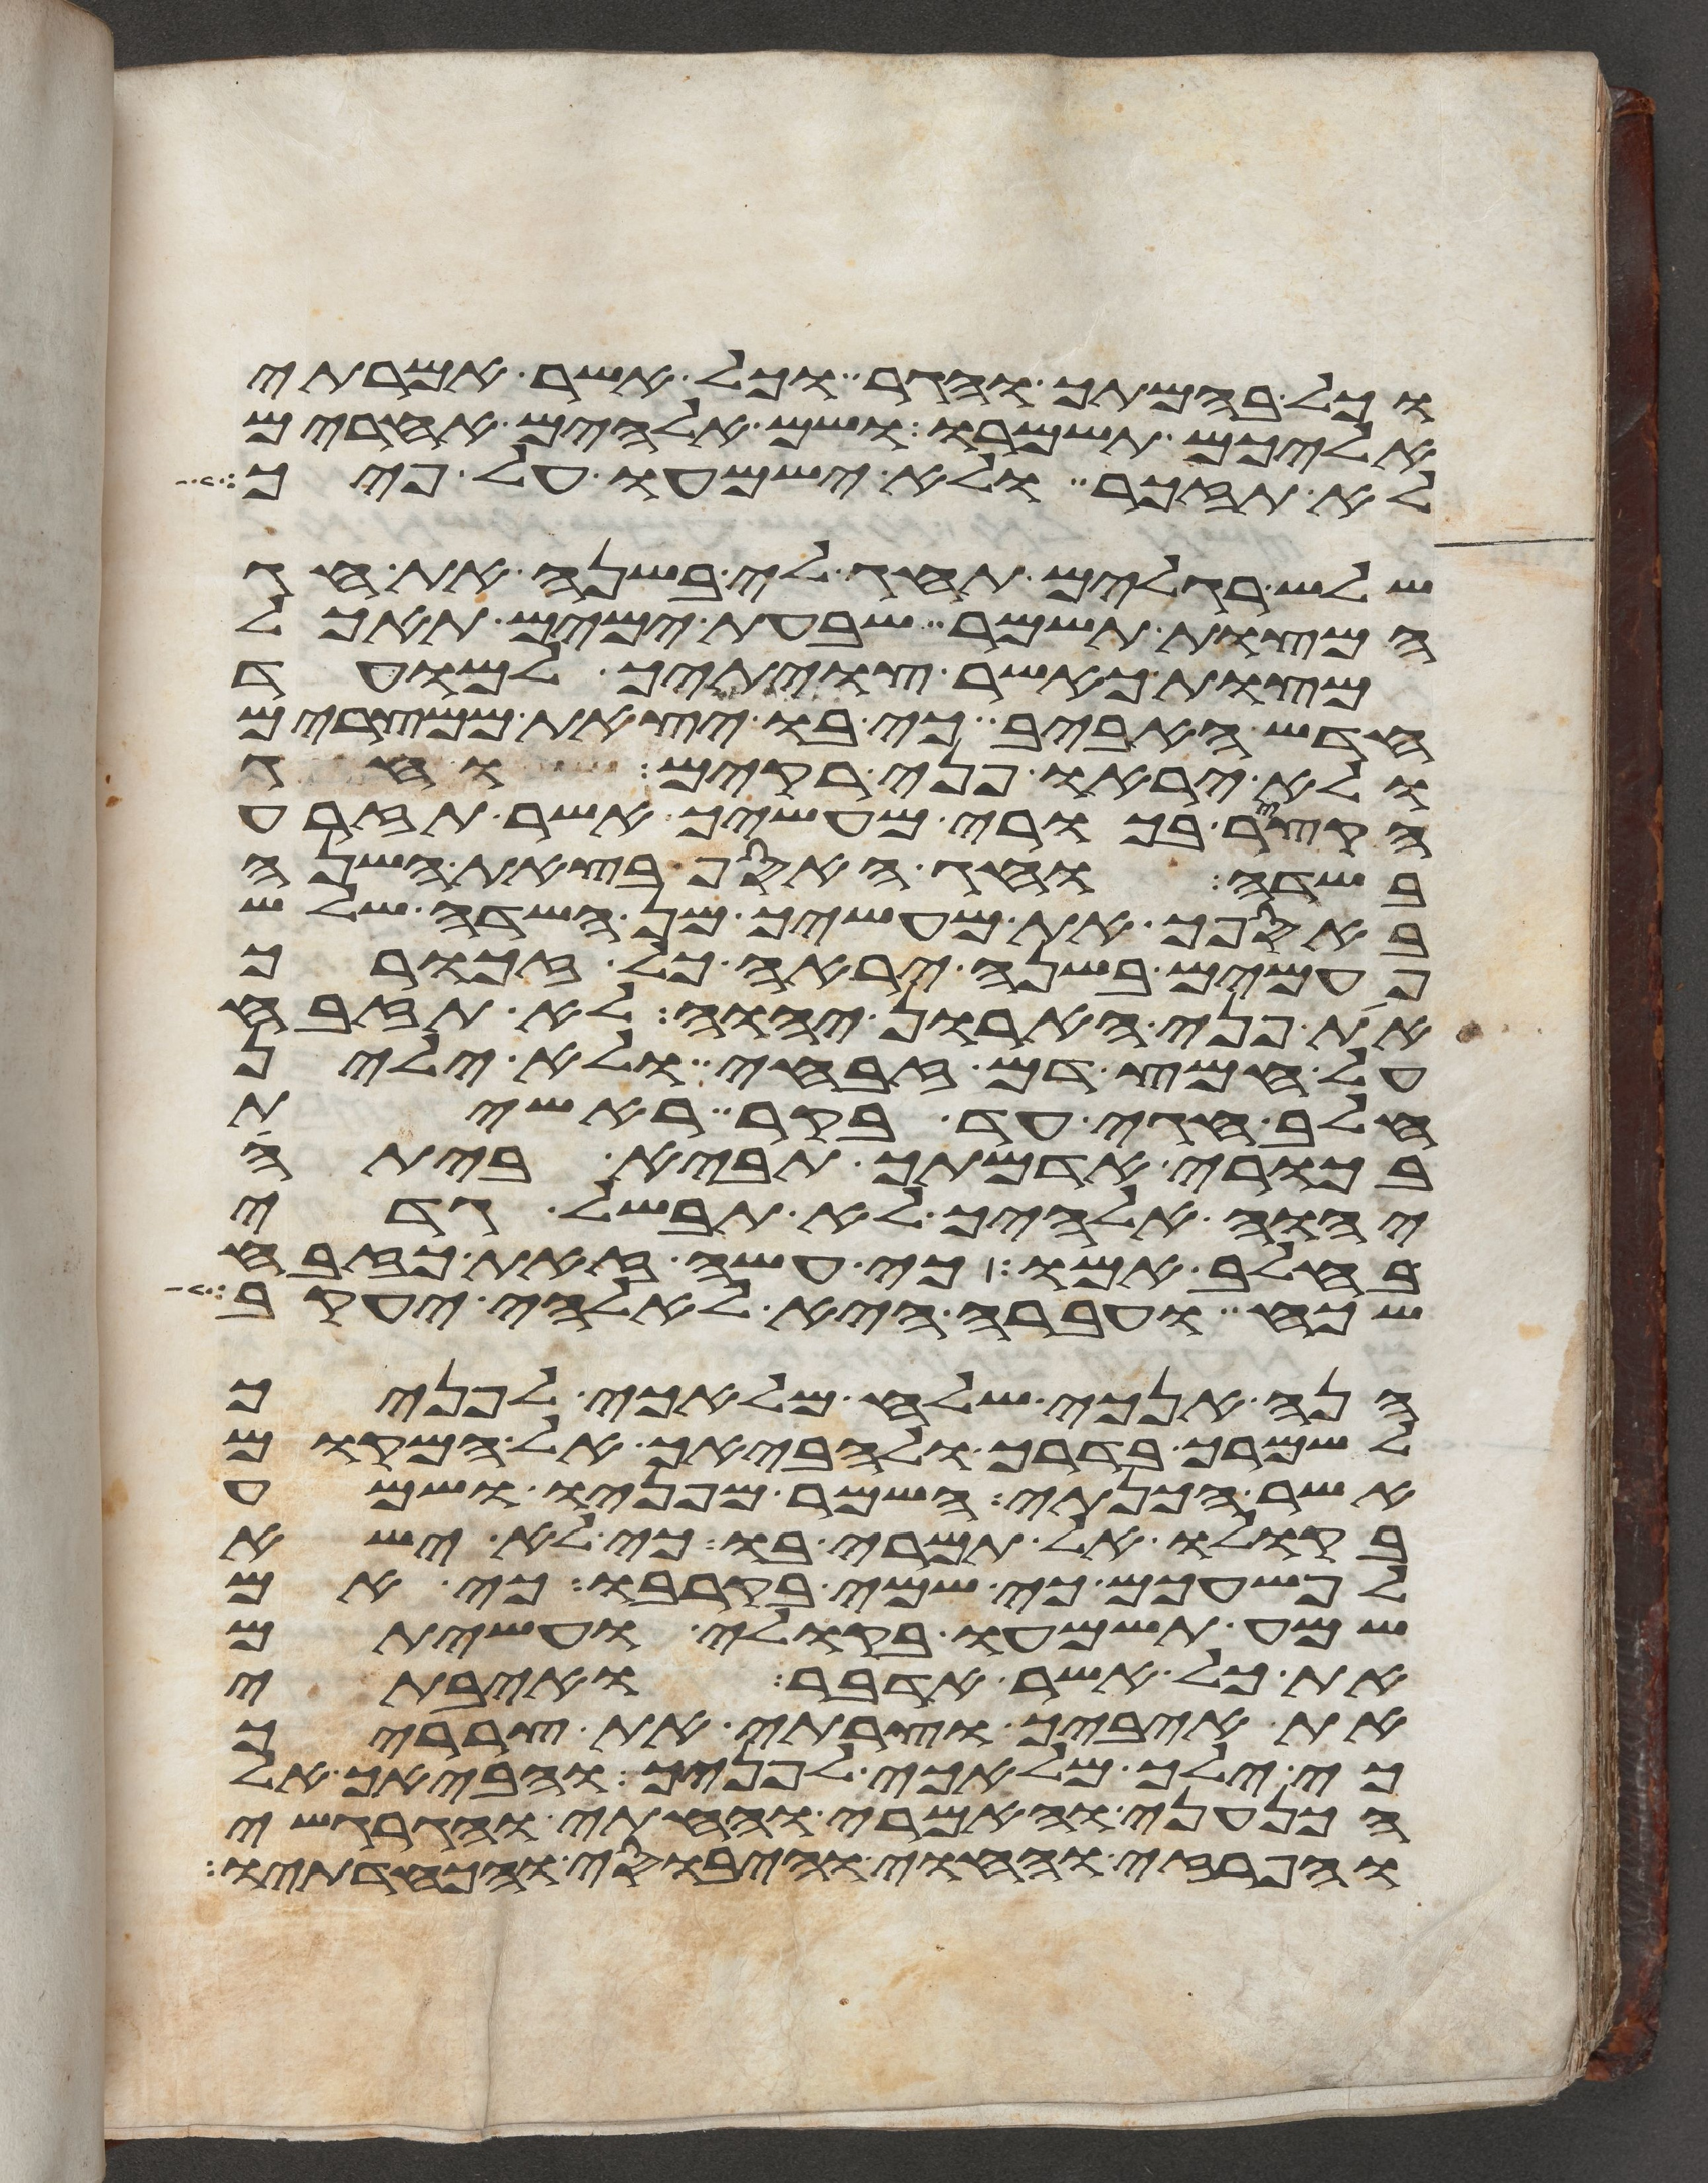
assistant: וכל בהמתך והגר וכל אשר אמרתי
אליכם תשמרו ושם אלהים אחרים
לא תזכר ולא ישמעו על פיך
שלש רגלים תחג לי בשנה את חג
המצות תשמר שבעת ימים תאכל
מצות כאשר צויתיך למועד
חדש האביב כי בו יצאת ממצרים
ולא יראו פני רקים וחג
הקציר בכורי מעשיך אשר תזרע
בשדה וחג האסף בצאת השנה
באספך את מעשיך מן השדה שלש
פעמים בשנה יראה כל זכורך
את פני הארון יהוה לא תזבח
על חמץ דם זבחי ולא ילין
חלב חגי עד בקר ראשית
בכורי אדמתך תביא ביתה
יהוה אלהיך לא תבשל גדי
בחלב אמו כי עשה זאת כזבח
שכח ועברה היא לאלהי יעקב
הנה אנכי שלח מלאכי לפניך
לשמרך בדרך ולהביאך אל המקום
אשר הכנתי השמר מפניו ושמע
בקולו אל תמרי בו כי לא ישא
לפשעכם כי שמי בקרבו כי אם
שמע תשמעו בקולי ועשיתם
את כל אשר אדבר ואיבתי
את איביך וצרתי את צרריך
כי ילך מלאכי לפניך והביאך אל
הכנעני והאמרי והחתי והגרגשי
והפרזי והחוי והיבוסי והכחדתיו